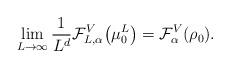
LaTeX: \begin{align*} \lim_{L\to\infty} \frac 1{L^d}\mathcal F_{L,\alpha}^V\bigl(\mu^L_0\bigr) = \mathcal F_\alpha^V(\rho_0). \end{align*}